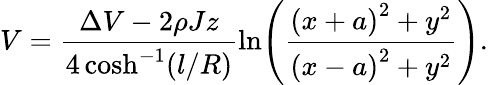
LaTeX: V=\frac{\Delta V-2\rho Jz}{4\cosh^{-1}(l/R)}\ln\! \left(\frac{{\left(x+a\right)^{2}+y^{2}}}{{\left(x-a\right)^{2}+y^{2}}}\right).